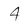
Character: 4